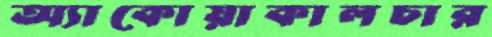
অ্যাকোয়াকালচার